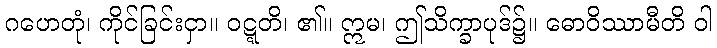
ဂဟေတုံ၊ ကိုင်ခြင်းငှာ။ ဝဋ္ဋတိ၊ ၏။ ဣမ၊ ဤသိက္ခာပုဒ်၌။ ဓောဝိဿာမီတိ ဝါ